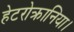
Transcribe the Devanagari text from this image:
हेटरोक्रानिया।